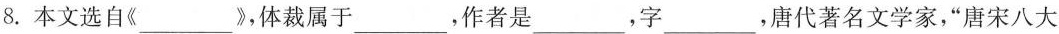
8.本文选自《___》，体裁属于___，作者是___，字___，唐代著名文学家，”唐宋八